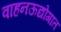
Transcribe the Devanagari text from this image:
वाहनऊद्योगात